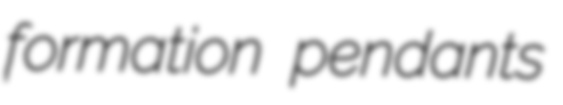
formation pendants